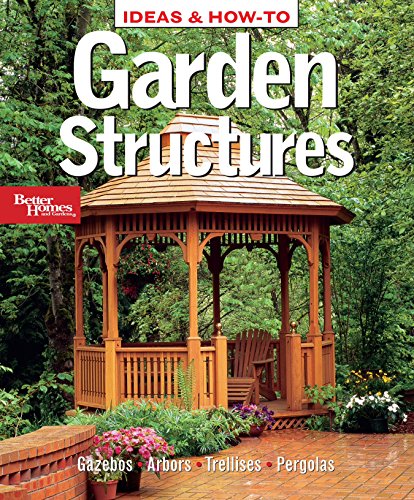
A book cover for Ideas & How-To: Garden Structures (Better Homes and Gardens) (Better Homes and Gardens Home); Better Homes and Gardens; Crafts, Hobbies & Home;